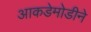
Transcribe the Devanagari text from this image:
आकडेमोडीने